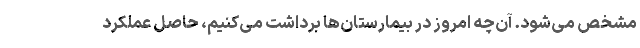
مشخص می‌شود. آن‌چه امروز در بیمارستان‌ها برداشت می‌کنیم، حاصل عملکرد